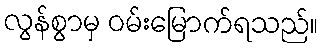
လွန်စွာမှ ဝမ်းမြောက်ရသည်။